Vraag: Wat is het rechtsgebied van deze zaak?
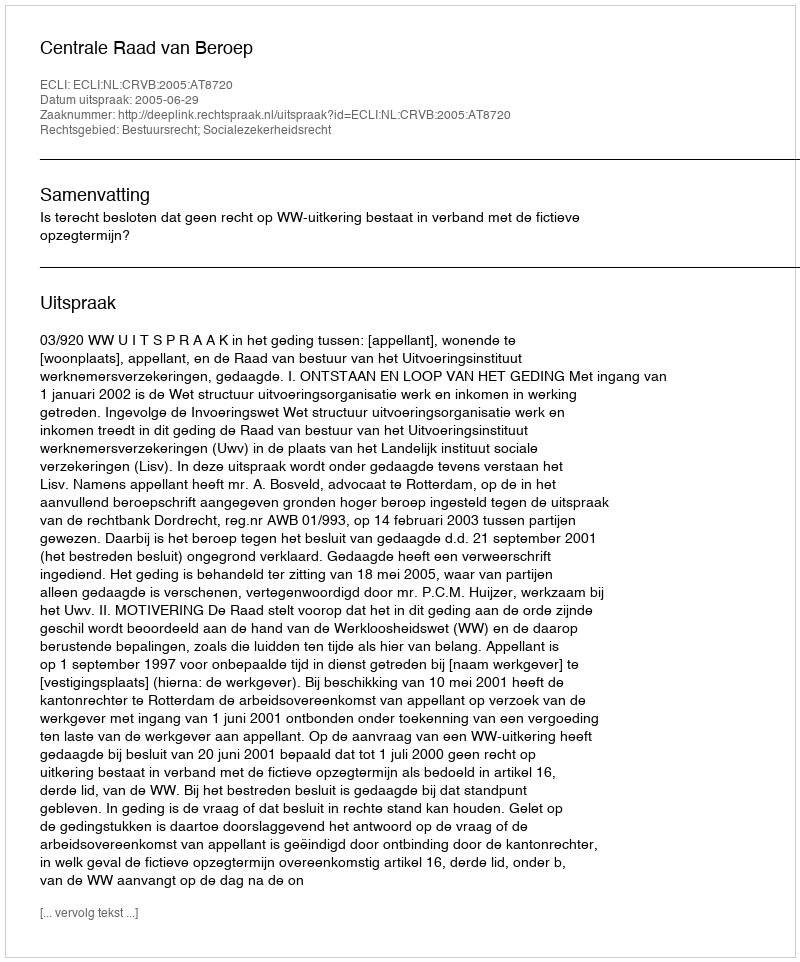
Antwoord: Bestuursrecht; Socialezekerheidsrecht